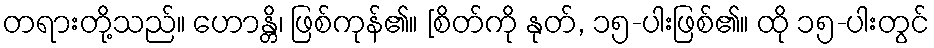
တရားတို့သည်။ ဟောန္တိ၊ ဖြစ်ကုန်၏။ [စိတ်ကို နုတ်, ၁၅-ပါးဖြစ်၏။ ထို ၁၅-ပါးတွင်